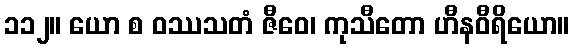
၁၁၂။ ယော စ ဝဿသတံ ဇီဝေ၊ ကုသီတော ဟီနဝီရိယော။